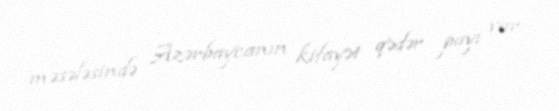
məsələsində Azərbaycanın kifayət qədər payı var.